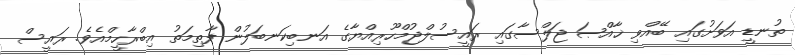
ތުނޑީ އަވަށުގައި ބޭއްވި ޚާއްޞަ ޖަލްސާގައި ރައީސުލްޖުމްހޫރިއްޔާގެ އަނބިކަނބަލުން ފާތިމަތު އިބްރާހީމްއެވެ. ރައީސް